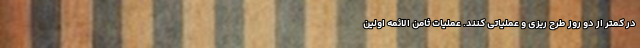
در کمتر از دو روز طرح ریزی و عملیاتی کنند. عملیات ثامن الائمه اولین